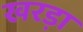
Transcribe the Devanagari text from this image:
खरड़ा